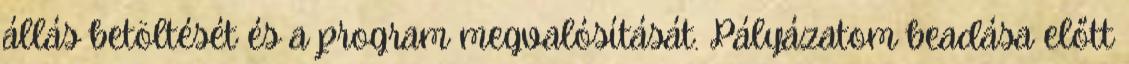
állás betöltését és a program megvalósítását. Pályázatom beadása előtt